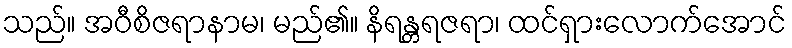
သည်။ အဝီစိဇရာနာမ၊ မည်၏။ နိရန္တရဇရာ၊ ထင်ရှားလောက်အောင်